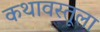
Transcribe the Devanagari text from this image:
कथावस्तूला